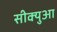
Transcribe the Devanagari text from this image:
सीक्युआ